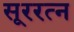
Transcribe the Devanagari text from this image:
सूररत्‍न